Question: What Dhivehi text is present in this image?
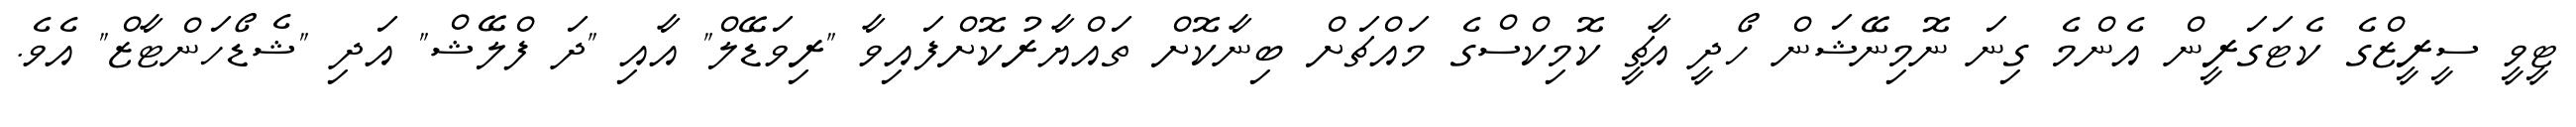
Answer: ޓީވީ ސީރީޒްގެ ކެޓަގަރީން އެންމެ ގިނަ ނޮމިނޭޝަން ހޯދީ އާޗީ ކޮމިކްސްގެ މައްޗަށް ބިނާކޮށް ތައްޔާރުކޮށްފައިވާ "ރިވަޑޭލް" އާއި "ދަ ފްލޭޝް" އަދި "ޝެޑޯހަންޓާޒް" އެވެ.